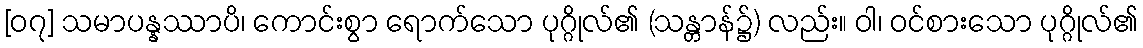
[၀၇] သမာပန္နဿာပိ၊ ကောင်းစွာ ရောက်သော ပုဂ္ဂိုလ်၏ (သန္တာန်၌) လည်း။ ဝါ၊ ဝင်စားသော ပုဂ္ဂိုလ်၏